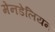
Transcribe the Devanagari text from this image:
मेनडेलियन